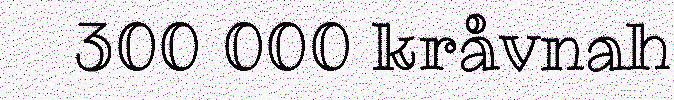
300 000 kråvnah